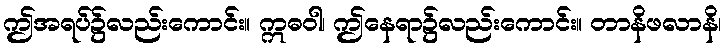
ဤအရပ်၌လည်းကောင်း။ ဣဓဝါ၊ ဤနေရာ၌လည်းကောင်း။ တာနိဖလာနိ၊